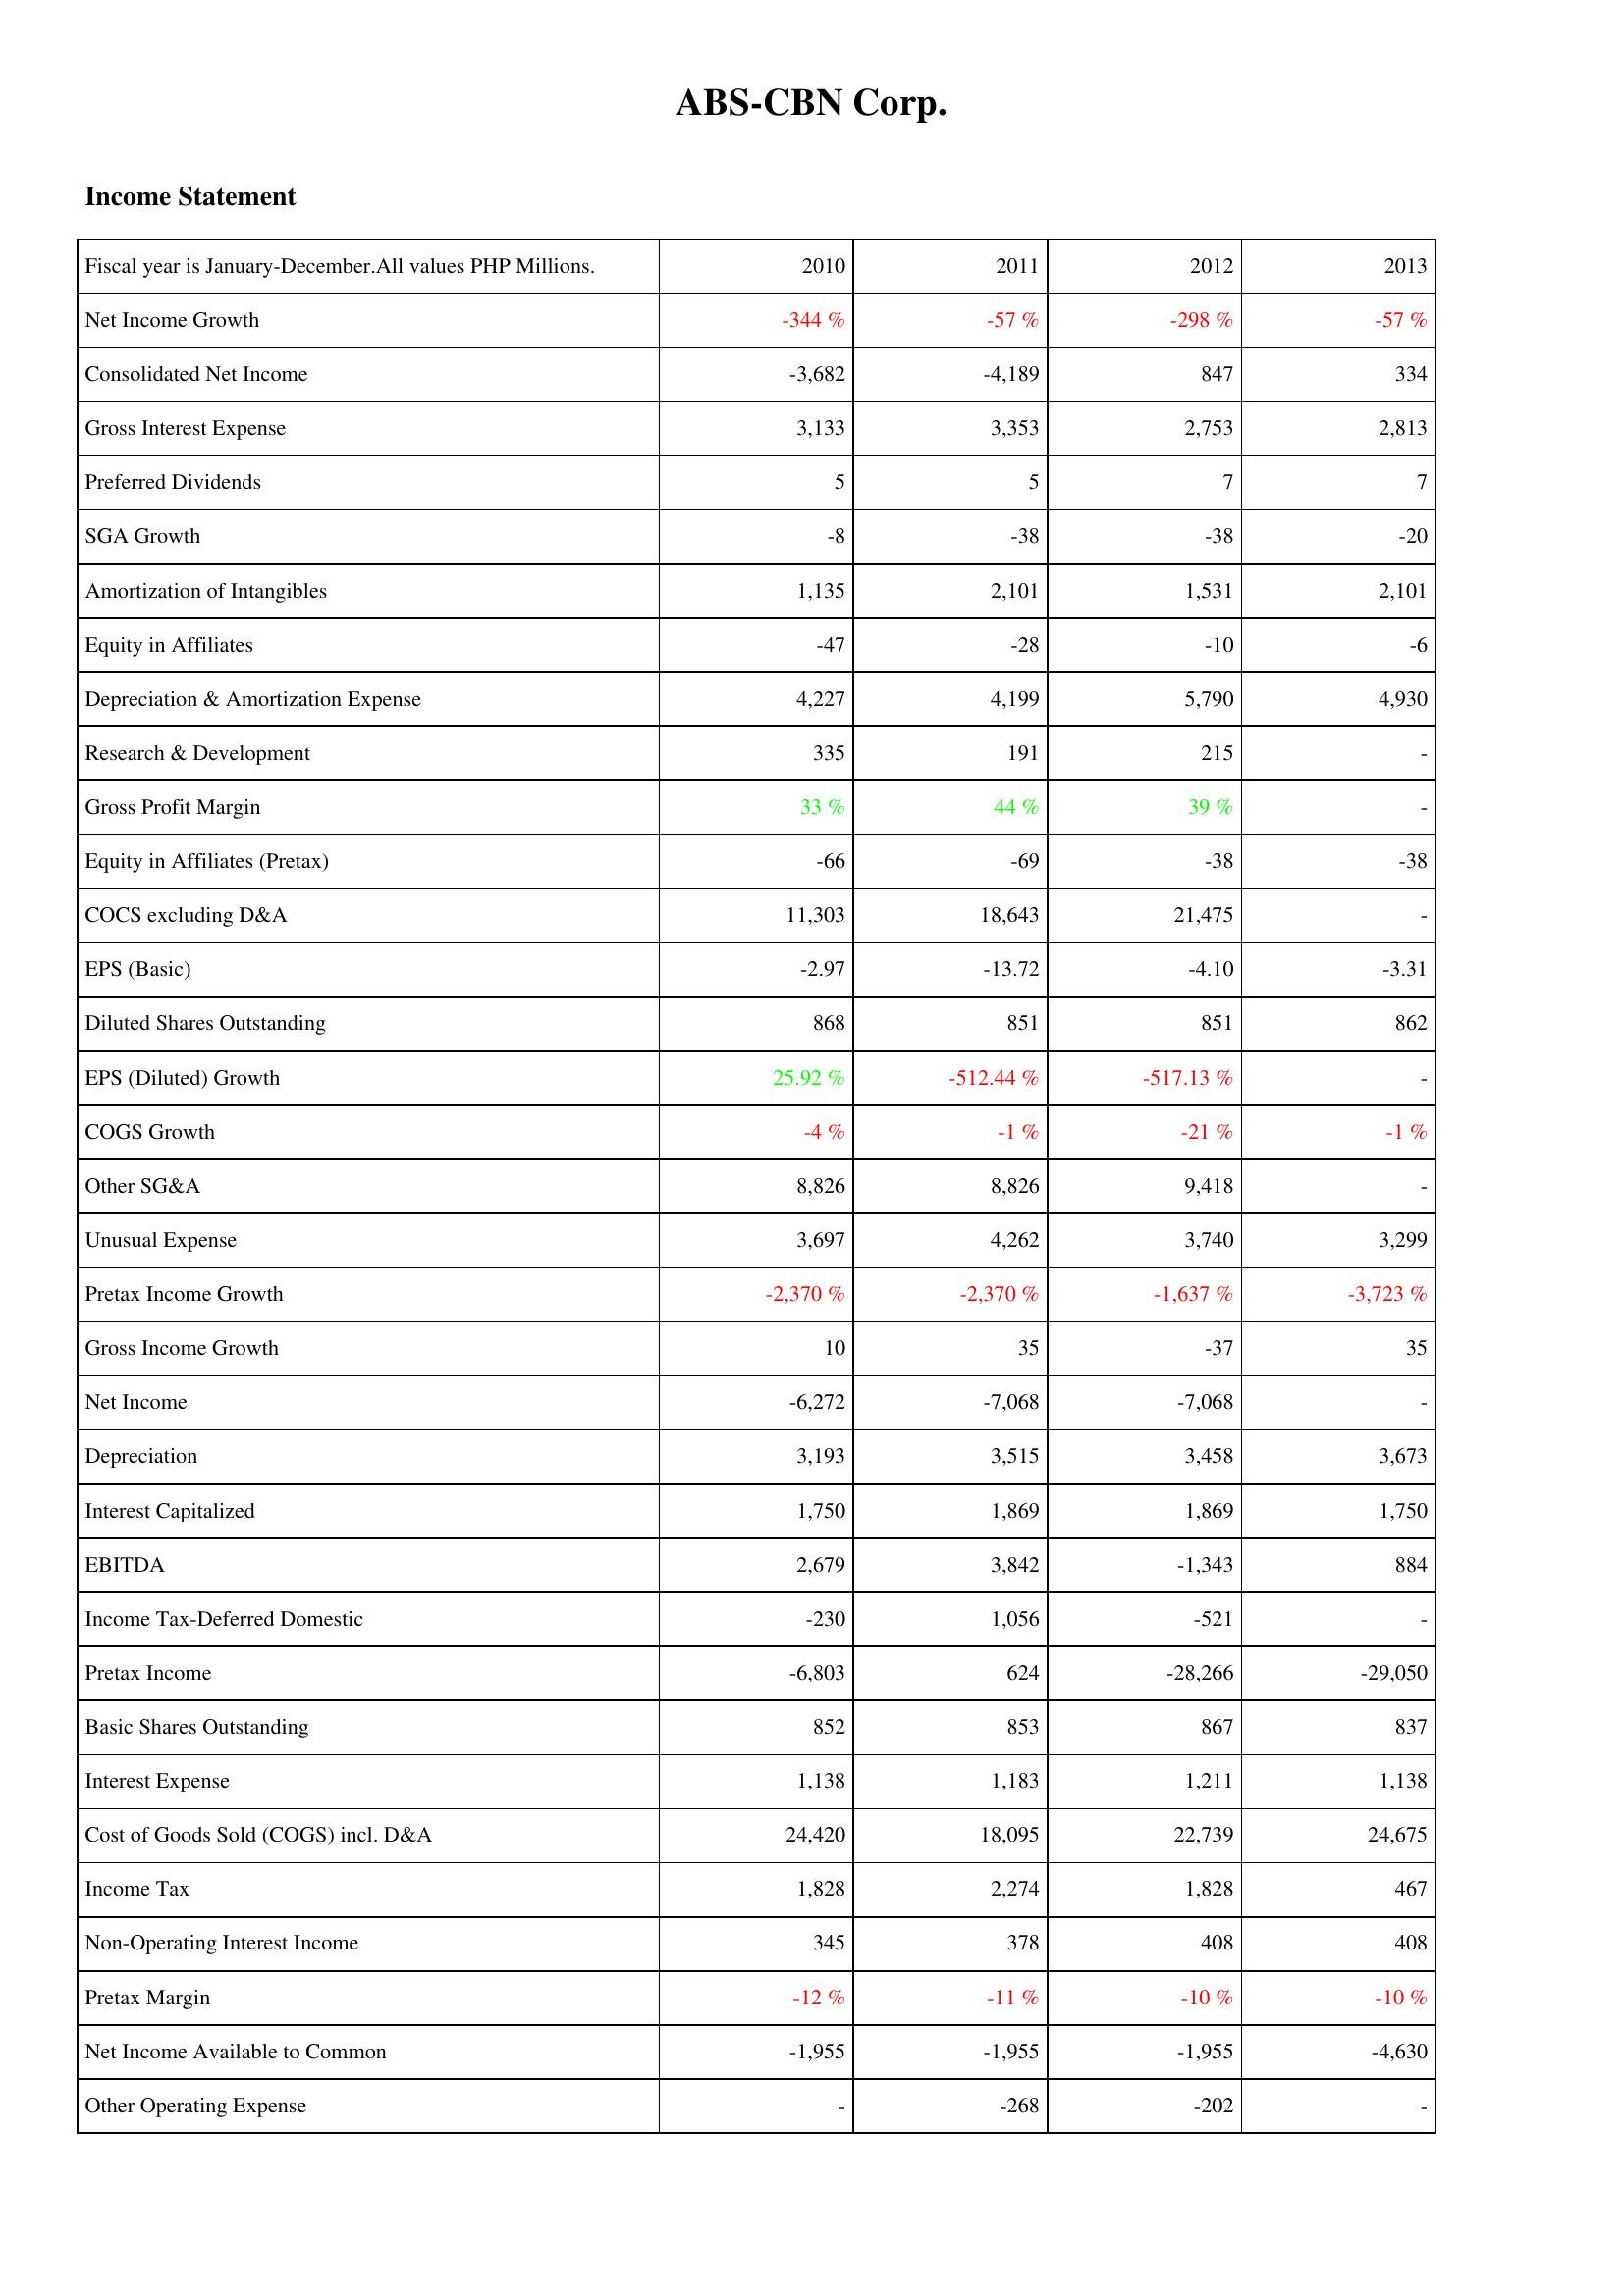
2010: Income Statement: Net Income Growth: -344 %
Consolidated Net Income: -3,682
Gross Interest Expense: 3,133
Preferred Dividends: 5
SGA Growth: -8
Amortization of Intangibles: 1,135
Equity in Affiliates: -47
Depreciation & Amortization Expense: 4,227
Research & Development: 335
Gross Profit Margin: 33 %
Equity in Affiliates (Pretax): -66
COCS excluding D&A: 11,303
EPS (Basic): -2.97
Diluted Shares Outstanding: 868
EPS (Diluted) Growth: 25.92 %
COGS Growth: -4 %
Other SG&A: 8,826
Unusual Expense: 3,697
Pretax Income Growth: -2,370 %
Gross Income Growth: 10
Net Income: -6,272
Depreciation: 3,193
Interest Capitalized: 1,750
EBITDA: 2,679
Income Tax-Deferred Domestic: -230
Pretax Income: -6,803
Basic Shares Outstanding: 852
Interest Expense: 1,138
Cost of Goods Sold (COGS) incl. D&A: 24,420
Income Tax: 1,828
Non-Operating Interest Income: 345
Pretax Margin: -12 %
Net Income Available to Common: -1,955
Other Operating Expense: -
2011: Income Statement: Net Income Growth: -57 %
Consolidated Net Income: -4,189
Gross Interest Expense: 3,353
Preferred Dividends: 5
SGA Growth: -38
Amortization of Intangibles: 2,101
Equity in Affiliates: -28
Depreciation & Amortization Expense: 4,199
Research & Development: 191
Gross Profit Margin: 44 %
Equity in Affiliates (Pretax): -69
COCS excluding D&A: 18,643
EPS (Basic): -13.72
Diluted Shares Outstanding: 851
EPS (Diluted) Growth: -512.44 %
COGS Growth: -1 %
Other SG&A: 8,826
Unusual Expense: 4,262
Pretax Income Growth: -2,370 %
Gross Income Growth: 35
Net Income: -7,068
Depreciation: 3,515
Interest Capitalized: 1,869
EBITDA: 3,842
Income Tax-Deferred Domestic: 1,056
Pretax Income: 624
Basic Shares Outstanding: 853
Interest Expense: 1,183
Cost of Goods Sold (COGS) incl. D&A: 18,095
Income Tax: 2,274
Non-Operating Interest Income: 378
Pretax Margin: -11 %
Net Income Available to Common: -1,955
Other Operating Expense: -268
2012: Income Statement: Net Income Growth: -298 %
Consolidated Net Income: 847
Gross Interest Expense: 2,753
Preferred Dividends: 7
SGA Growth: -38
Amortization of Intangibles: 1,531
Equity in Affiliates: -10
Depreciation & Amortization Expense: 5,790
Research & Development: 215
Gross Profit Margin: 39 %
Equity in Affiliates (Pretax): -38
COCS excluding D&A: 21,475
EPS (Basic): -4.10
Diluted Shares Outstanding: 851
EPS (Diluted) Growth: -517.13 %
COGS Growth: -21 %
Other SG&A: 9,418
Unusual Expense: 3,740
Pretax Income Growth: -1,637 %
Gross Income Growth: -37
Net Income: -7,068
Depreciation: 3,458
Interest Capitalized: 1,869
EBITDA: -1,343
Income Tax-Deferred Domestic: -521
Pretax Income: -28,266
Basic Shares Outstanding: 867
Interest Expense: 1,211
Cost of Goods Sold (COGS) incl. D&A: 22,739
Income Tax: 1,828
Non-Operating Interest Income: 408
Pretax Margin: -10 %
Net Income Available to Common: -1,955
Other Operating Expense: -202
2013: Income Statement: Net Income Growth: -57 %
Consolidated Net Income: 334
Gross Interest Expense: 2,813
Preferred Dividends: 7
SGA Growth: -20
Amortization of Intangibles: 2,101
Equity in Affiliates: -6
Depreciation & Amortization Expense: 4,930
Research & Development: -
Gross Profit Margin: -
Equity in Affiliates (Pretax): -38
COCS excluding D&A: -
EPS (Basic): -3.31
Diluted Shares Outstanding: 862
EPS (Diluted) Growth: -
COGS Growth: -1 %
Other SG&A: -
Unusual Expense: 3,299
Pretax Income Growth: -3,723 %
Gross Income Growth: 35
Net Income: -
Depreciation: 3,673
Interest Capitalized: 1,750
EBITDA: 884
Income Tax-Deferred Domestic: -
Pretax Income: -29,050
Basic Shares Outstanding: 837
Interest Expense: 1,138
Cost of Goods Sold (COGS) incl. D&A: 24,675
Income Tax: 467
Non-Operating Interest Income: 408
Pretax Margin: -10 %
Net Income Available to Common: -4,630
Other Operating Expense: -